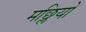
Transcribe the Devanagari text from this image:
मछ्लियो